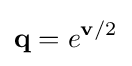
\mathbf {q} =e^{\mathbf {v} /2}